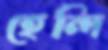
হেন্দি